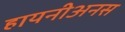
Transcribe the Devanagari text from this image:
हायनीअनस